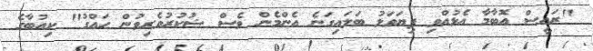
"ރައީސް އޮބާމާ އެޅުއްވި ފިޔަވަޅު ބަލައިގަނެ އެންމެން ވެސް ޝުކުރުވެރިވުން ހައްގު" ކިއުބާގެ